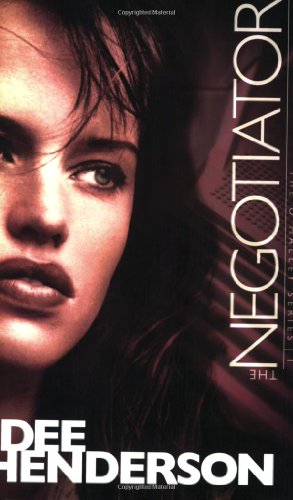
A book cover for The Negotiator (The O'Malley Series #1); Dee Henderson; Romance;